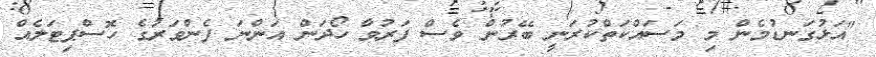
"އަޅުގަނޑުމެން މި މަސައްކަތްކުރަނީ ބޭރުން ވެސް ފަރުވާ ހޯދަން އަންނަ ފެންވަރުގެ ހޮސްޕިޓަލެއް